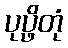
ပုပ္ဖိတုံ